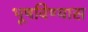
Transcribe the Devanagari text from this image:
भूषविण्यास